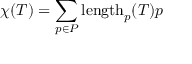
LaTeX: \chi ( T ) = \sum _ { p \in P } \operatorname { l e n g t h } _ { p } ( T ) p